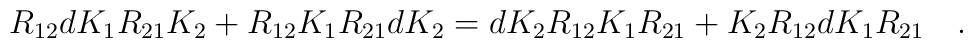
R_{12} dK_{1} R_{21} K_{2} + R_{12} K_{1} R_{21} d K_{2} = d K_{2} R_{12}K_{1}R_{21} + K_{2} R_{12} d K_{1} R_{21} \quad .